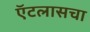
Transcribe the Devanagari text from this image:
ऍटलासचा